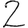
Digit: 2